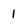
Character: 1